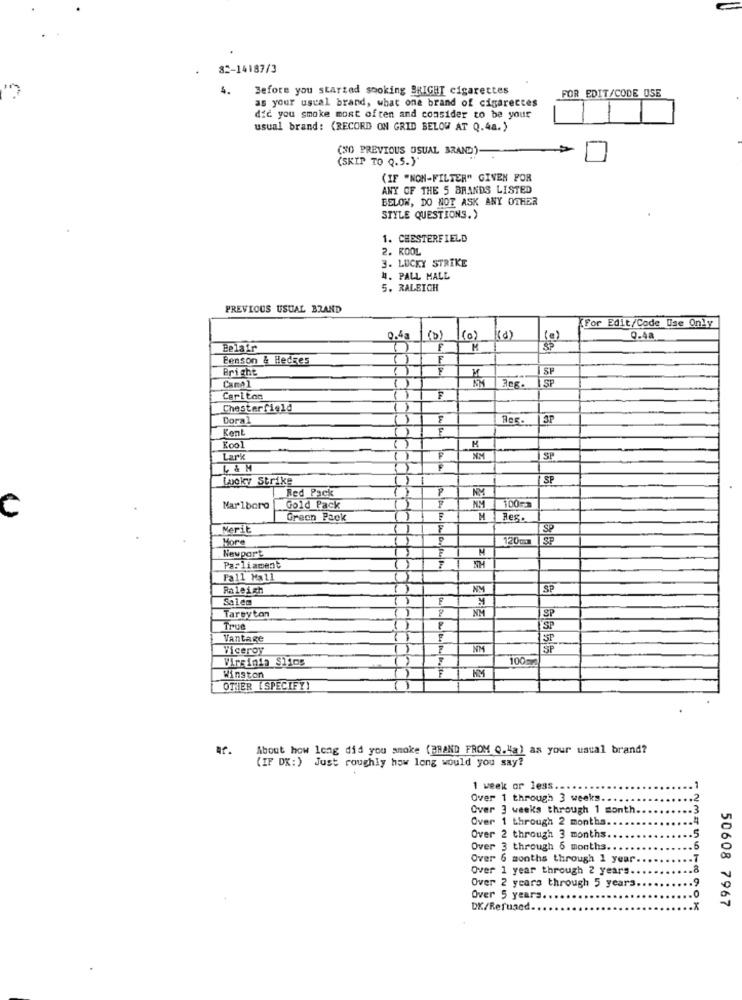
82-14187/3
4.
Before you started smoking BRIGHT cigarettes
FOR EDIT/CODE USE
as your usual brand, what one brand of cigarecces
did you smoke most often and consider to be your
usual brand: (RECORD ON GRID BELOW AT Q.4a.)
(NO PREVIOUS USUAL BRAND) -.
(SKIP TO Q.S.)"
(IF "NON-FILTER" GIVEN FOR
ANY OF THE 5 BRANDS LISTED
BELOW, DO NOT ASK ANY OTHER
STYLE QUESTIONS.)
1. CHESTERFIELD
2. KOOL
3. LUCKY STRIKE
4. PALL MALL
5. RALEICH
PREVIOUS USUAL BRAND
For Edit/Code Use Only
0.4a
(0)
(0)
9.48
Belair
Benson & Hedges
F
Bright
F
SF
SP
Canal
Carlton
F
Chesterfield
Doral
F
SP
Kent
F
Kool
Lark
SP
L & M
Lucky Strike
SF
Red Pack
NM
C
Marlboro
Gold Pack
MM
100mm
Green Pack
M
Bes.
Merit
SP
More
120m
SP
Newport
Parliament
Pall Mall
Raleigh
SP
Sales
F
SP
Tareyton
True
SP
Vantage
F
ST
Viceroy
NM
Virginia Sitos
100mm
Winston
OTHER (SPECIFY)
ur.
About how long did you smoke (BRAND FROM Q."a) as your ustal brand?
(IF DK:) Just roughly how long would you say?
1 week or less ...
Over 1 through 3 weeks ..
Over 3 weeks through 1 month.
Over 1 through 2 months.
Over 2 through 3 months.
Over 3 through 6 months ..
Over 6 months through 1 year
Over 1 year through 2 years.
Over 2 years through 5 years
Over 5 years.
DK/Refused.
50608 7967